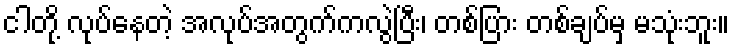
ငါတို့ လုပ်နေတဲ့ အလုပ်အတွက်ကလွဲပြီး၊ တစ်ပြား တစ်ချပ်မှ မသုံးဘူး။